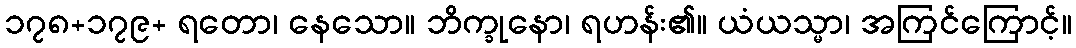
၁၇၈+၁၇၉+ ရတော၊ နေသော။ ဘိက္ခုနော၊ ရဟန်း၏။ ယံယသ္မာ၊ အကြင်ကြောင့်။